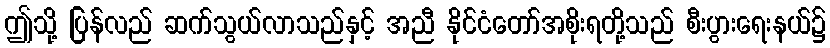
ဤသို့ ပြန်လည် ဆက်သွယ်လာသည်နှင့် အညီ နိုင်ငံတော်အစိုးရတို့သည် စီးပွားရေးနယ်၌